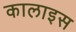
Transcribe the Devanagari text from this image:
कालाइस